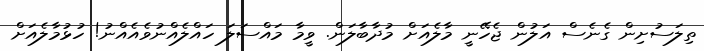
ތިލަސުށިން ގެނެސް އަލުން ޖެހޭނީ މާލެއަށް މުދާބާލަން. ވީމާ މައްސަލަ ހައްލެއްނުވެއެއްނު! ހުޅުމާލެއަށް